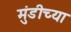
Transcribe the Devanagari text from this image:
मुंडीच्या